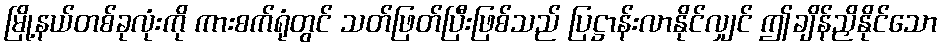
မြို့နယ်တစ်ခုလုံးကို ကားစက်ရုံတွင် သတ်ဖြတ်ပြီးဖြစ်သည် ပြဋ္ဌာန်းလာနိုင်လျှင် ဤချိန်ညှိနိုင်သော